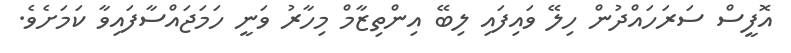
އޮފީސް ސަރަހައްދުން ހިލޭ ވައިފައި ލިބޭ އިންތިޒާމް މިހާރު ވަނީ ހަމަޖައްސާފައިވާ ކަމަށެވެ.